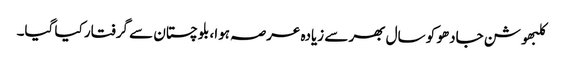
کلبھوشن جادھو کو سال بھر سے زیادہ عرصہ ہوا، بلوچستان سے گرفتار کیا گیا۔